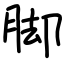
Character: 脚